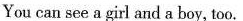
You can see a girl and a boy，too.